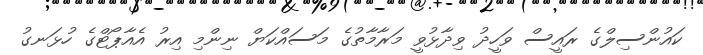
ކައުންސިލްގެ ރައީސް ވަހީދު ވިދާޅުވީ މަރާމާތުގެ މަސައްކަޔް ނިންމި އިރު އެއާޕޯޓްގެ ހުޅަނގު